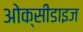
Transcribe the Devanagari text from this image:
ओक्सीडाइज